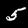
Digit: 5